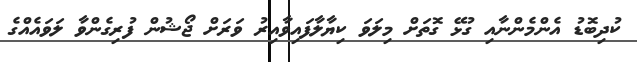
ކުދިބޮޑު އެންމެންނާއި ގުޅޭ ގޮތަށް މިލަވަ ކިޔާލާފައިވާއިރު ވަރަށް ޖޯޝުން ފުރިގެންވާ ލަވައެއްގެ